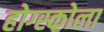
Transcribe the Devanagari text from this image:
होग्स्कोला